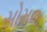
સોમજ